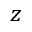
z